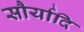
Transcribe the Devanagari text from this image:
सौर्यादि